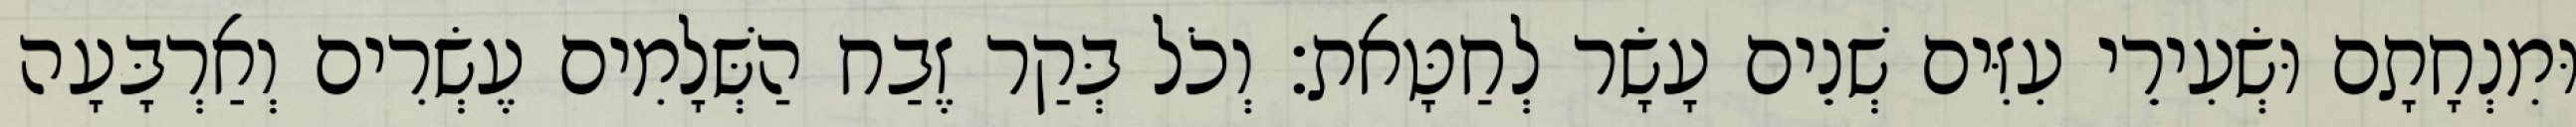
וּמִנְחָתָם וּשְׂעִירֵי עִזִּים שְׁנֵים עָשָׂר לְחַטָּאת׃ וְכֹל בְּקַר זֶבַח הַשְּׁלָמִים עֶשְׂרִים וְאַרְבָּעָה